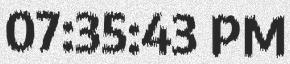
07:35:43 PM